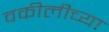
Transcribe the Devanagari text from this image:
वकीलीच्या